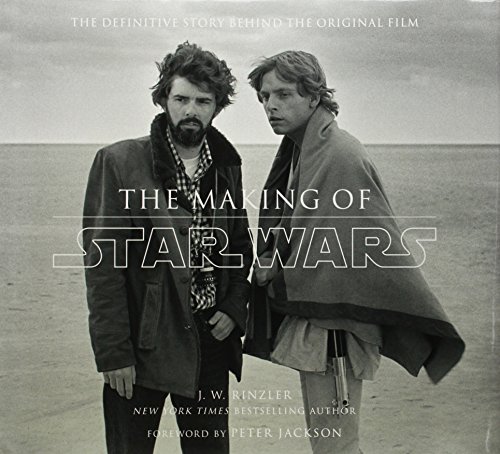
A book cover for The Making of Star Wars: The Definitive Story Behind the Original Film; J.W. Rinzler; Humor & Entertainment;